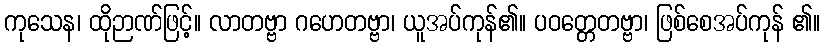
ကုသေန၊ ထိုဉာဏ်ဖြင့်။ လာတဗ္ဗာ ဂဟေတဗ္ဗာ၊ ယူအပ်ကုန်၏။ ပဝတ္တေတဗ္ဗာ၊ ဖြစ်စေအပ်ကုန် ၏။